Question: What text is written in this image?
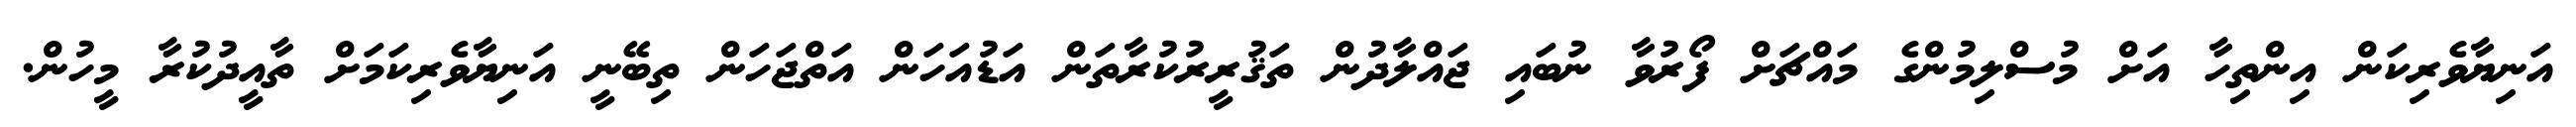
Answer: އަނިޔާވެރިކަން އިންތިހާ އަށް މުސްލިމުންގެ މައްޗަށް ފޯރުވާ ނުބައި ޖައްލާދުން ތަޤުރީރުކުރާތަން އަޑުއަހަން އަތްޖަހަން ތިބޭނީ އަނިޔާވެރިކަމަށް ތާއީދުކުރާ މީހުން.